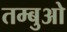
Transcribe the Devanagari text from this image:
तम्बुओ